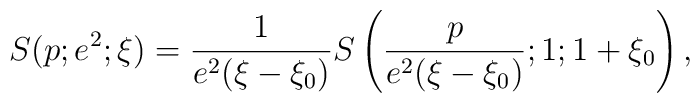
S(p;e^2;\xi) = \frac{1}{e^2(\xi-\xi_0)} S\left(\frac{p}{e^2(\xi-\xi_0)};1;1 + \xi_0\right),